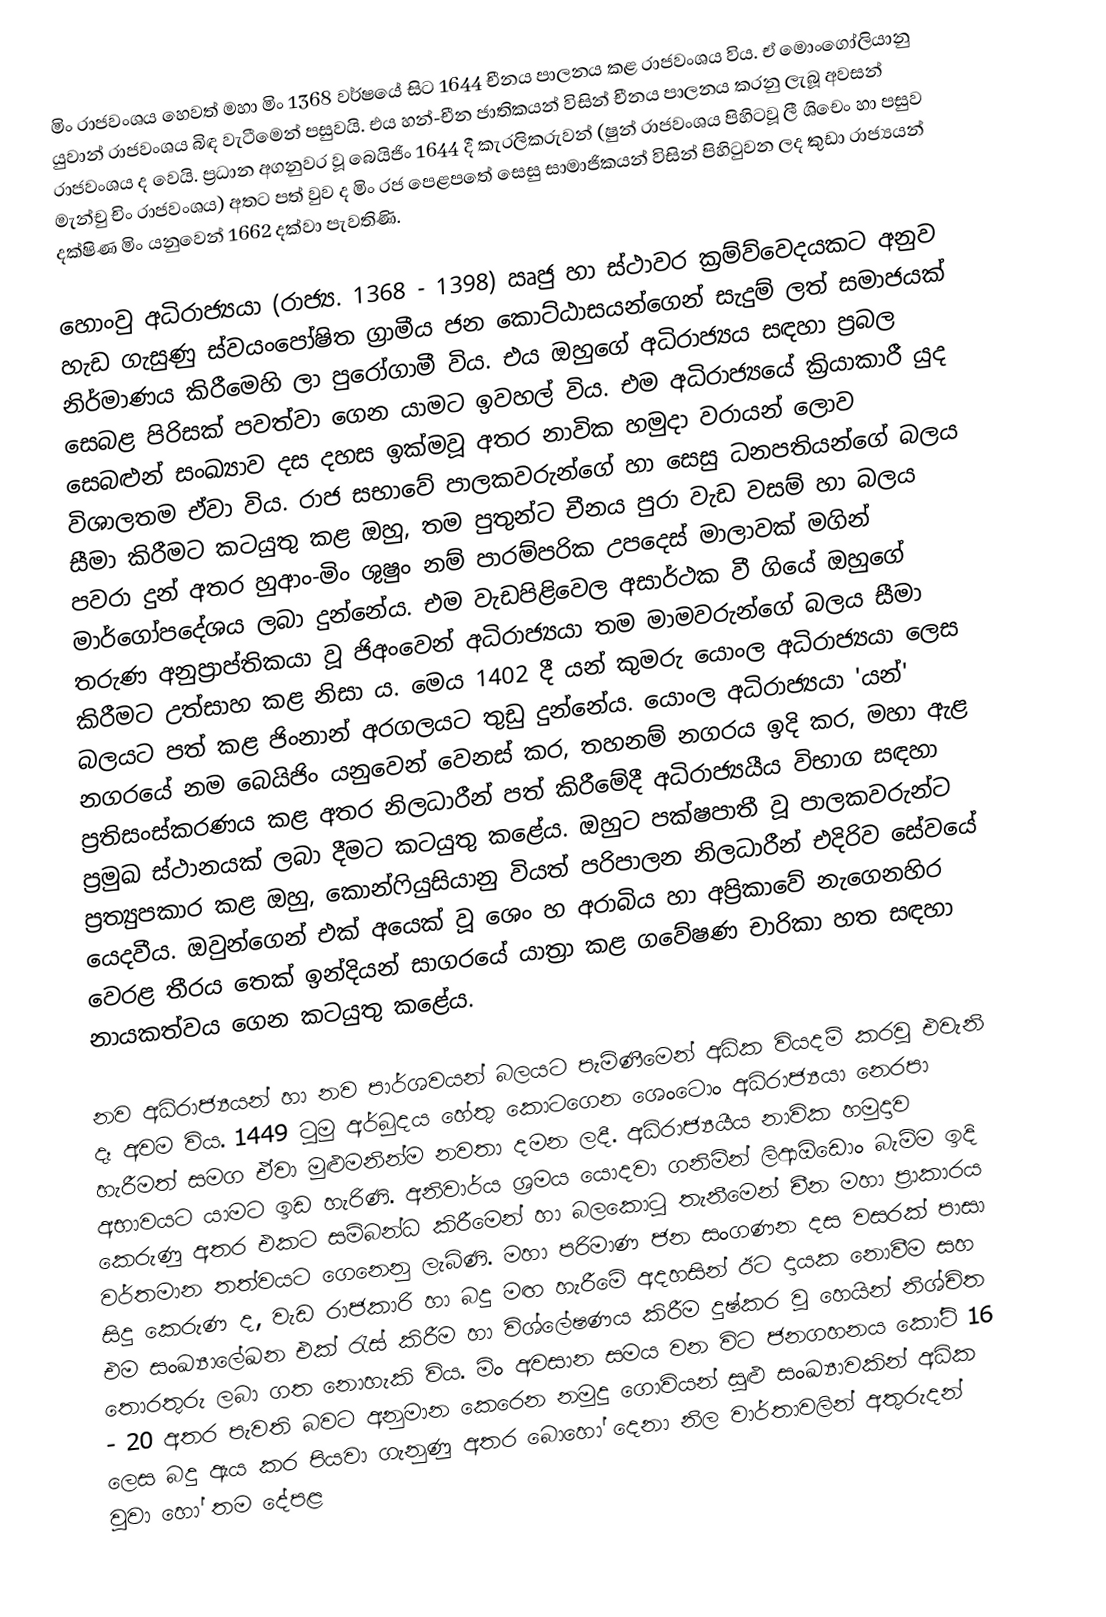
මිං රාජවංශය හෙවත් මහා මිං 1368 වර්ෂයේ සිට 1644 චීනය පාලනය කළ රාජවංශය විය. ඒ මොංගෝලියානු යුවාන් රාජවංශය බිඳ වැටීමෙන් පසුවයි. එය හන්-චීන ජාතිකයන් විසින් චීනය පාලනය කරනු ලැබූ අවසන් රාජවංශය ද වෙයි. ප්‍රධාන අගනුවර වූ බෙයිජිං 1644 දී කැරලිකරුවන් (ෂුන් රාජවංශය පිහිටවූ ලී ශිචෙං හා පසුව මැන්චු චිං රාජවංශය) අතට පත් වුව ද මිං රජ පෙළපතේ සෙසු සාමාජිකයන් විසින් පිහිටුවන ලද කුඩා රාජ්‍යයන් දක්ෂිණ මිං යනුවෙන් 1662 දක්වා පැවතිණි.

හොංවු අධිරාජ්‍යයා (රාජ්‍ය. 1368 - 1398) ඍජු හා ස්ථාවර ක්‍රම්ව්වෙදයකට අනුව හැඩ ගැසුණු ස්වයංපෝෂිත ග්‍රාමීය ජන කොට්‌ඨාසයන්ගෙන් සැදුම් ලත් සමාජයක් නිර්මාණය කිරීමෙහි ලා පුරෝගාමී විය. එය ඔහුගේ අධිරාජ්‍යය සඳහා ප්‍රබල සෙබළ පිරිසක් පවත්වා ගෙන යාමට ඉවහල් විය. එම අධිරාජ්‍යයේ ක්‍රියාකාරී යුද සෙබළුන් සංඛ්‍යාව දස දහස ඉක්මවූ අතර නාවික හමුදා වරායන් ලොව විශාලතම ඒවා විය. රාජ සභාවේ පාලකවරුන්ගේ හා සෙසු ධනපතියන්ගේ බලය සීමා කිරීමට කටයුතු කළ ඔහු, තම පුතුන්ට චීනය පුරා වැඩ වසම් හා බලය පවරා දුන් අතර හුආං-මිං ශුෂුං නම් පාරම්පරික උපදෙස් මාලාවක් මගින් මාර්ගෝපදේශය ලබා දුන්නේය. එම වැඩපිළිවෙල අසාර්ථක වී ගියේ ඔහුගේ තරුණ අනුප්‍රාප්තිකයා වූ ජිඅංවෙන් අධිරාජ්‍යයා තම මාමවරුන්ගේ බලය සීමා කිරීමට උත්සාහ කළ නිසා ය. මෙය 1402 දී යන් කුමරු යොංල අධිරාජ්‍යයා ලෙස බලයට පත් කළ ජිංනාන් අරගලයට තුඩු දුන්නේය. යොංල අධිරාජ්‍යයා 'යන්' නගරයේ නම බෙයිජිං යනුවෙන් වෙනස් කර, තහනම් නගරය ඉදි කර, මහා ඇළ ප්‍රතිසංස්කරණය කළ අතර නිලධාරීන් පත් කිරීමේදී අධිරාජ්‍යයීය විභාග සඳහා ප්‍රමුඛ ස්ථානයක්‌ ලබා දීමට කටයුතු කළේය. ඔහුට පක්ෂපාතී වූ පාලකවරුන්ට ප්‍රත්‍යුපකාර කළ ඔහු, කොන්ෆියුසියානු වියත් පරිපාලන නිලධාරීන් එදිරිව සේවයේ යෙදවීය. ඔවුන්ගෙන් එක් අයෙක් වූ ශෙං හ අරාබිය හා අප්‍රිකාවේ නැගෙනහිර වෙරළ තීරය තෙක් ඉන්දියන් සාගරයේ යාත්‍රා කළ ගවේෂණ චාරිකා හත සඳහා නායකත්වය ගෙන කටයුතු කළේය.

නව අධිරාජ්‍යයන් හා නව පාර්ශවයන් බලයට පැමිණීමෙන් අධික වියදම් කරවූ එවැනි දෑ අවම විය. 1449 ටුමු අර්බුදය හේතු කොටගෙන ශෙංටොං අධිරාජ්‍යයා නෙරපා හැරීමත් සමග ඒවා මුළුමනින්ම නවතා දමන ලදී. අධිරාජ්‍යයීය නාවික හමුදාව අභාවයට යාමට ඉඩ හැරිණි. අනිවාර්ය ශ්‍රමය යොදවා ගනිමින් ලිආඕඩොං බැම්ම ඉදි කෙරුණු අතර එකට සම්බන්ධ කිරීමෙන් හා බලකොටු තැනීමෙන් චීන මහා ප්‍රාකාරය වර්තමාන තත්වයට ගෙනෙනු ලැබිණි. මහා පරිමාණ ජන සංගණන දස වසරක් පාසා සිදු කෙරුණ ද, වැඩ රාජකාරි හා බදු මඟ හැරීමේ අදහසින් ඊට දායක නොවීම සහ එම සංඛ්‍යාලේඛන එක් රැස් කිරීම හා විශ්ලේෂණය කිරීම දුෂ්කර වූ හෙයින් නිශ්චිත තොරතුරු ලබා ගත නොහැකි විය. මිං අවසාන සමය වන විට ජනගහනය කෝටි 16 - 20 අතර පැවති බවට අනුමාන කෙරෙන නමුදු ගොවියන් සුළු සංඛ්‍යාවකින් අධික ලෙස බදු ඇය කර පියවා ගැනුණු අතර බොහෝ දෙනා නිල වාර්තාවලින් අතුරුදන් වූවා හෝ තම දේපළ